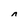
Character: n